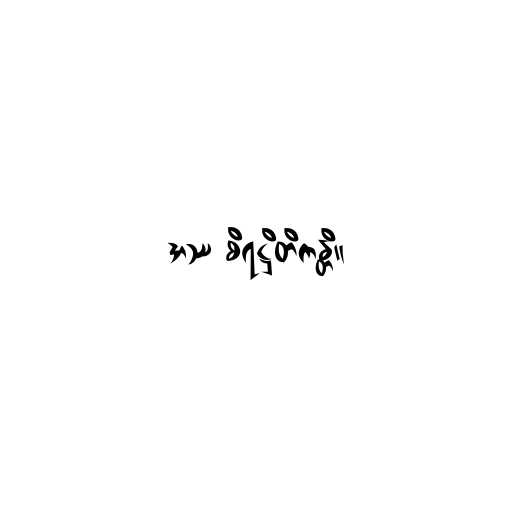
အဿ စိရဋ္ဌိတိကန္တိ။